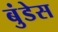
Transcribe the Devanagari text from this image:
बुंडेस